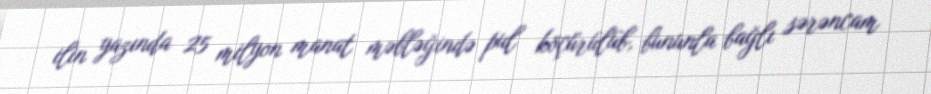
ilin yazında 25 milyon manat məbləğində pul köçürülüb, bununla bağlı sərəncam